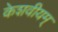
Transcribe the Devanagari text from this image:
केशवीयम्